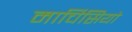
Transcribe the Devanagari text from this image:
मार्चिसियो